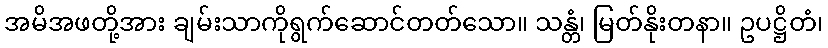
အမိအဖတို့အား ချမ်းသာကိုရွက်ဆောင်တတ်သော။ သန္တံ၊ မြတ်နိုးတနာ။ ဥပဋ္ဌိတံ၊